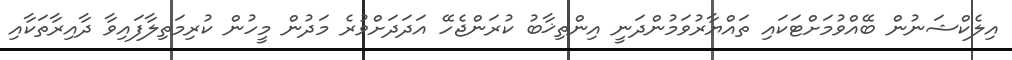
އިލެކްޝަނުން ބޭއްވުމަށްޓަކައި ތައްޔާރުވަމުންދަނީ އިންތިޚާބު ކުރަންޖެހޭ އަދަދަށްވުރެ މަދުން މީހުން ކުރިމަތިލާފައިވާ ދާއިރާތަކާއި